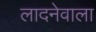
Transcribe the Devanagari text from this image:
लादनेवाला